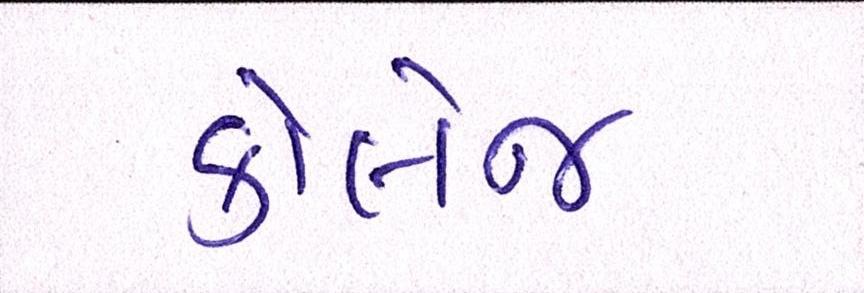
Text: કોલેજ